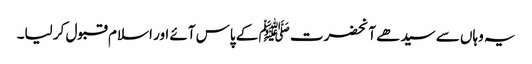
یہ وہاں سے سیدھے آنحضرت ﷺ کے پاس آئے اور اسلام قبول کر لیا۔